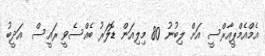
އެމްއެމްޕީއާރްސީ އަށް ލިބުނު 80 މިލިއަން ޑޮލަރު ބެއްސެވީ ރައީސް  އަދީބު